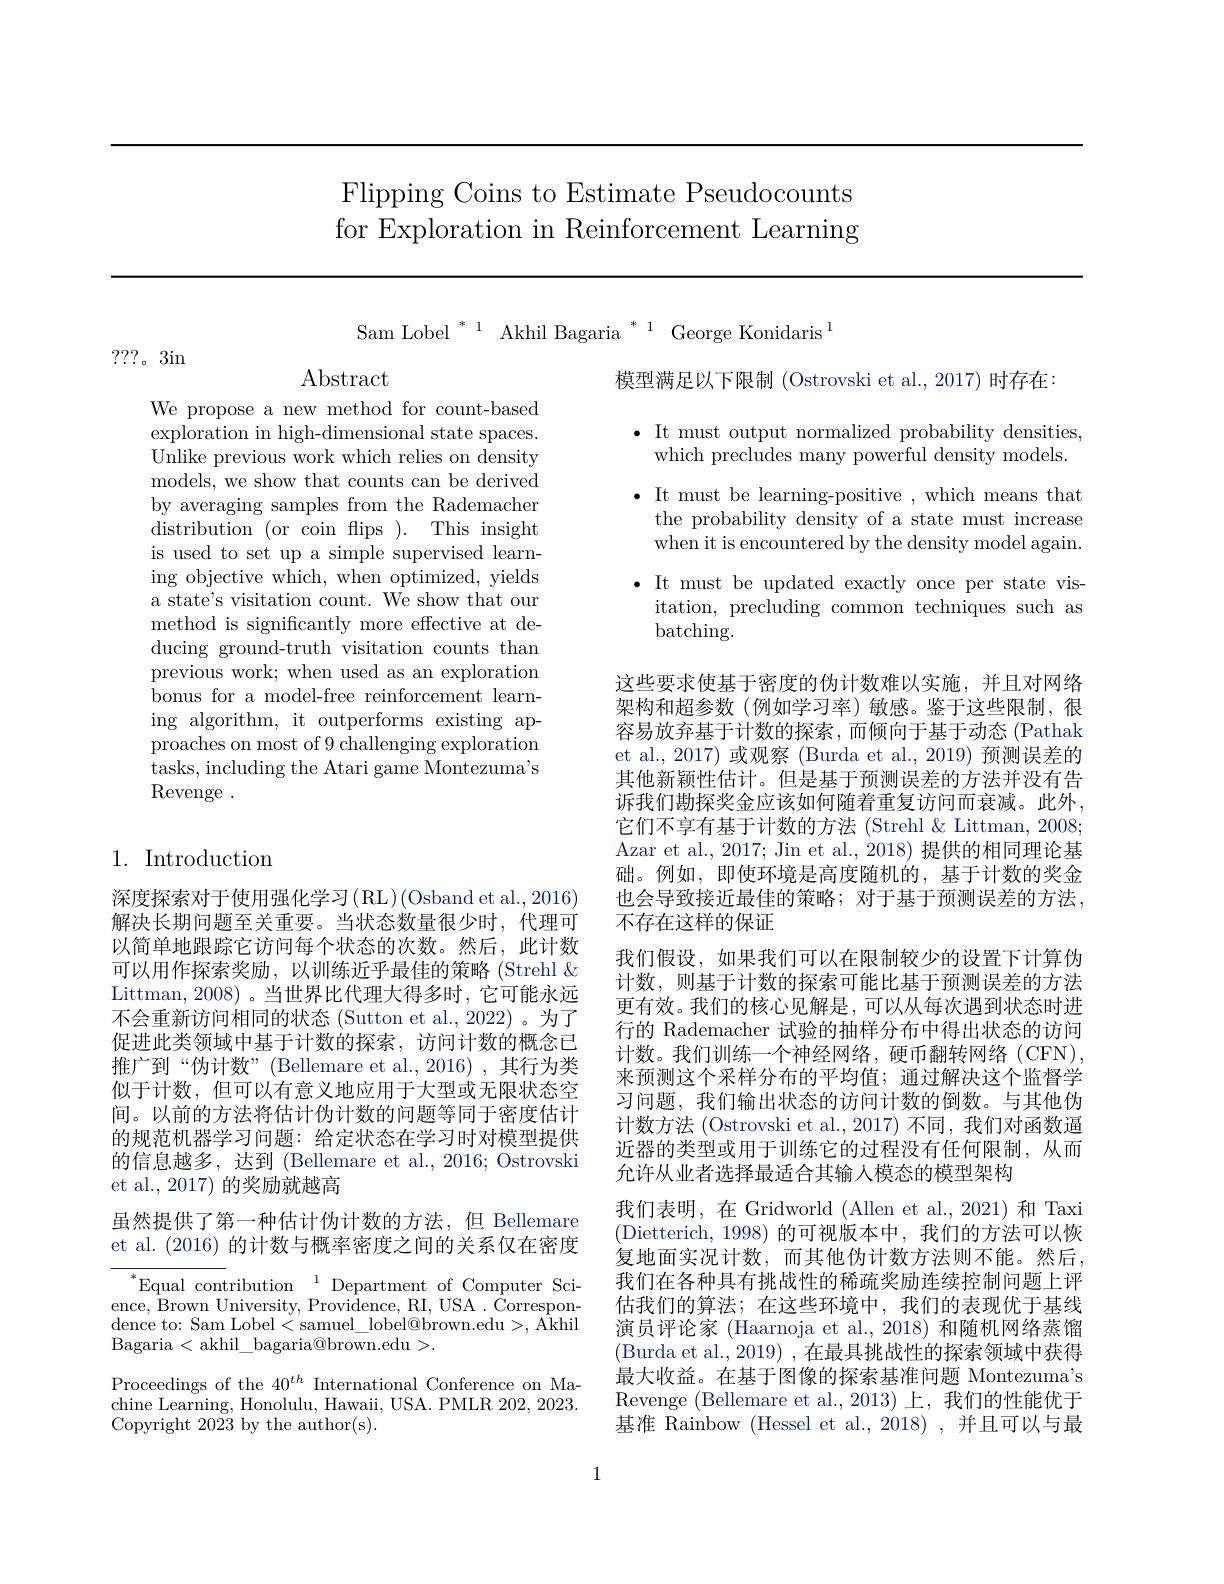
# Flipping Coins to Estimate Pseudocounts for Exploration in Reinforcement Learning

Sam Lobel $^{*}^{1}$ Akhil Bagaria $^{*}^{1}$ George Konidaris$^{1}$

7??。3in

$\operatorname{Abstract}$

We propose a new method for count-based exploration in high-dimensional state spaces. Unlike previous work which relies on density models, we show that counts can be derived by averaging samples from the Rademacher distribution (or coin flips ). This insight is used to set up a simple supervised learning objective which, when optimized, yields a state's visitation count. We show that our method is significantly more effective at deducing ground-truth visitation counts than previous work; when used as an exploration bonus for a model-free reinforcement learning algorithm, it outperforms existing approaches on most of 9 challenging exploration tasks, including the Atari game Montezuma's Revenge .

## 1. Introduction

深度探索对于使用强化学习(RL)(Osband et al., 2016) 解决长期问题至关重要。当状态数量很少时，代理可以简单地跟踪它访问每个状态的次数。然后，此计数可以用作探索奖励，以训练近乎最佳的策略(Strehl $\&$ Littman, 2008) 。当世界比代理大得多时，它可能永远不会重新访问相同的状态 (Sutton et al.,2022)。为了促进此类领域中基于计数的探索，访问计数的概念已推广到“伪计数”(Bellemare et al.,2016),其行为类似于计数，但可以有意义地应用于大型或无限状态空间。以前的方法将估计伪计数的问题等同于密度估计的规范机器学习问题：给定状态在学习时对模型提供的信息越多，达到 (Bellemare et al., 2016; Ostrovski et al., 2017) 的奖励就越高
虽然提供了第一种估计伪计数的方法，但 Bellemare et al. (2016)的计数与概率密度之间的关系仅在密度

$^{*}$Equal contribution$^{1}$Department of Computer Science, Brown University, Providence, RI, USA. Correspondence to: Sam Lobel< samuel$\_$lobel@ brown. edu> , $\bar{Akhil}$ ${\mathrm{Bagaria~<~akhil\_bagaria@brown.edu~>.}}$

Proceedings of the $40^{th}$ International Conference on Machine Learning, Honolulu, Hawaii, USA. PMLR 202, 2023. Copyright 2023 by the author(s).

模型满足以下限制 (Ostrovski et al., 2017) 时存在：

$\bullet$ It must output normalized probability densities,
which precludes many powerful density models. $\bullet$ It must be learning-positive ,which means that
the probability density of a state must increase when it is encountered by the density model again.
$\bullet$ It must be updated exactly once per state vis-
itation, precluding common techniques such as
batching.

这些要求使基于密度的伪计数难以实施，并且对网络架构和超参数(例如学习率)敏感。鉴于这些限制，很容易放弃基于计数的探索，而倾向于基于动态(Pathak et al., 2017) 或观察 (Burda et al., 2019) 预测误差的其他新颖性估计。但是基于预测误差的方法并没有告诉我们勘探奖金应该如何随着重复访问而衰减。此外， 它们不享有基于计数的方法 (Strehl & Littman, 2008; Azar et al., 2017; Jin et al., 2018) 提供的相同理论基础。例如，即使环境是高度随机的，基于计数的奖金也会导致接近最佳的策略；对于基于预测误差的方法， 不存在这样的保证
我们假设，如果我们可以在限制较少的设置下计算伪计数，则基于计数的探索可能比基于预测误差的方法更有效。我们的核心见解是，可以从每次遇到状态时进行的 Rademacher 试验的抽样分布中得出状态的访问计数。我们训练一个神经网络，硬币翻转网络(CFN), 来预测这个采样分布的平均值；通过解决这个监督学习问题，我们输出状态的访问计数的倒数。与其他伪计数方法 (Ostrovski et al., 2017) 不同，我们对函数逼近器的类型或用于训练它的过程没有任何限制，从而允许从业者选择最适合其输入模态的模型架构
我们表明，在 Gridworld (Allen et al.,2021) 和 Taxi (Dietterich,1998)的可视版本中，我们的方法可以恢复地面实况计数，而其他伪计数方法则不能。然后， 我们在各种具有挑战性的稀疏奖励连续控制问题上评估我们的算法；在这些环境中，我们的表现优于基线演员评论家 (Haarnoja et al., 2018) 和随机网络蒸馏(Burda et al., 2019),在最具挑战性的探索领域中获得最大收益。在基于图像的探索基准问题 Montezuma's Revenge (Bellemare et al.,2013)上，我们的性能优于基准 Rainbow (Hessel et al., 2018) , 并且可以与最

1